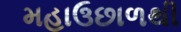
મહાઉછાળથી